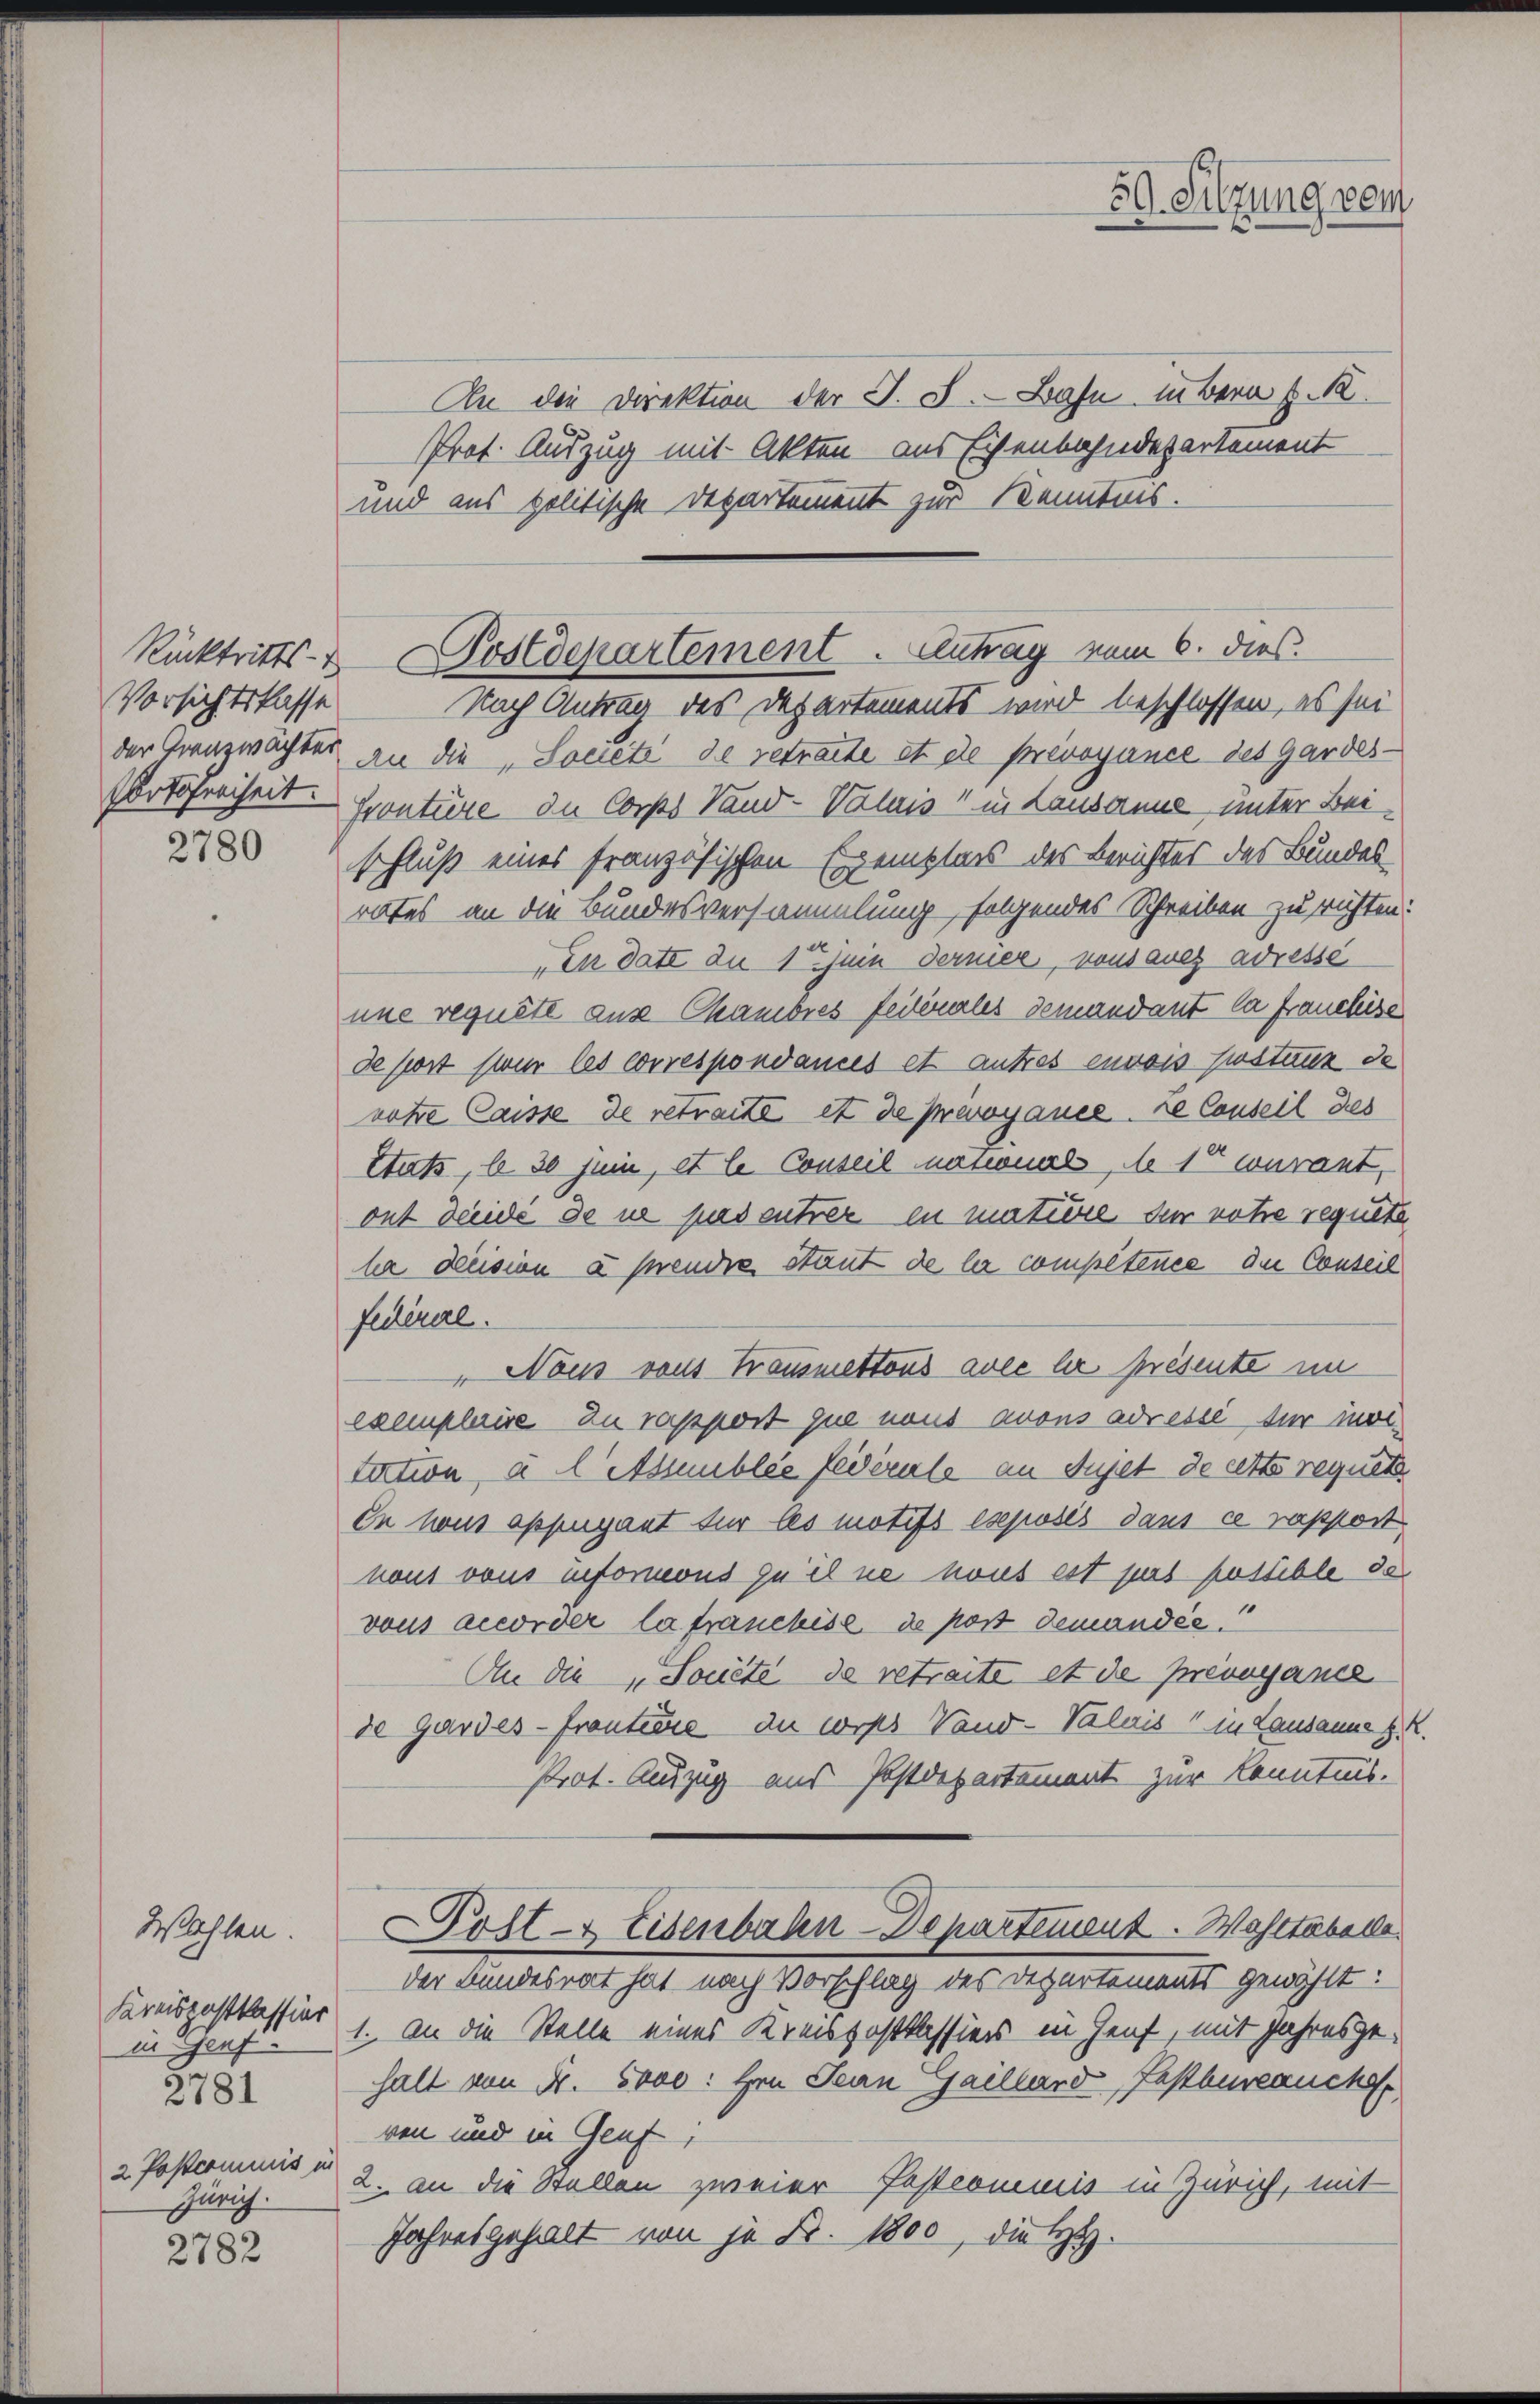
Rücktritts-
Vorsichtskasse

2780

Wahlen.
Kareispostkassier
in Genf.
2781
2. Postcommis in
Zürich.

2782

An die Direktion der J. J. Bahn in Bern s. R.
Prot. Auszug mit Akten aus Eisenbahndepartement
und aus politische Departement zur Kenntnis.

Nach Antrag des Departements wird beschlossen, es sei
der Grenzwächter an die „Soneté de retracte et de prevoyance des Gardes¬
Portofreiheit. Frontiere die Corps Sand- Valais in Lausanne, unter Bei
schluß eines französischen Exemplars des Berichtes des Bundesrates an die Bundesversammlung folgendes Schreiben zu richten:
In date du 1 Juin dermer, vonsanes adresse
une requête aus Chambres feiterales demandant la franchise
de post sur les correspondances et autres envois fustanz de
note Caisse de retraité et de provoyance. Le Conseil des
Stats, l. 30 Juni, et le Conseil nassonals No 10 courant,
ont Leide de ne pas entrer in matiere der rote requete
la dision a prende stant de la compétence die Conseil
Federerl.
" Nous vous Trausmettons avec le présente im
exemplarise zu rapport que nous avous adresse für inoltation, a l Amblée fédérale an Sujet de atte requete
In hous appugant für les motifs eseposés dans ce rapport,
nous vons inforneous zu il ne haus est pas possible da
vons accorder la franchise de post demandée.
An die „Sonete de retraite et de prévayerne
de Gardes - Frontece du wiss Vand- Valais in Lausannes.
Prot. Auszug aus Postdepartement zur Kenntnis.
Post- & Eisenbahn-Departement. Wahltabelle
der Bundesrat hat nach Vorschlag des Departements gewählt:
1. An die Stelle eines Kreispostkassiers in Genf, mit Jahres gehalt von Fr. 5000: Hrn. Jean Gaillard, Pastbureauche
ven und in Genf
2. an die Stellen zweier Fastcominis in Zürich, mit
Jahresgehalt von je N. 1800, die Hy.

59. Sitzung vom

Postdepartement. Antrag vom 6. dies